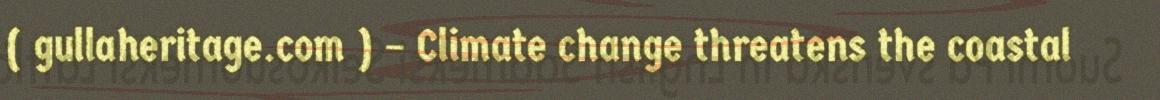
( gullaheritage.com ) – Climate change threatens the coastal